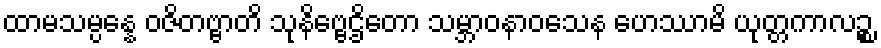
ထာမသမ္ပန္နေ ဝဇိတဗ္ဗာတိ သုနိဗ္ဗေဌိတော သမ္ဘာဝနာဝသေန ဟေဿာမိ ယုတ္တကာလဉ္စ